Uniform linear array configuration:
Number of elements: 16
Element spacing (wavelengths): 0.5
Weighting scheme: binomial
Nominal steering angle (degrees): -15
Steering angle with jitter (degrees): -13.842
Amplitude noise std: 0.05
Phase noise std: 0.05

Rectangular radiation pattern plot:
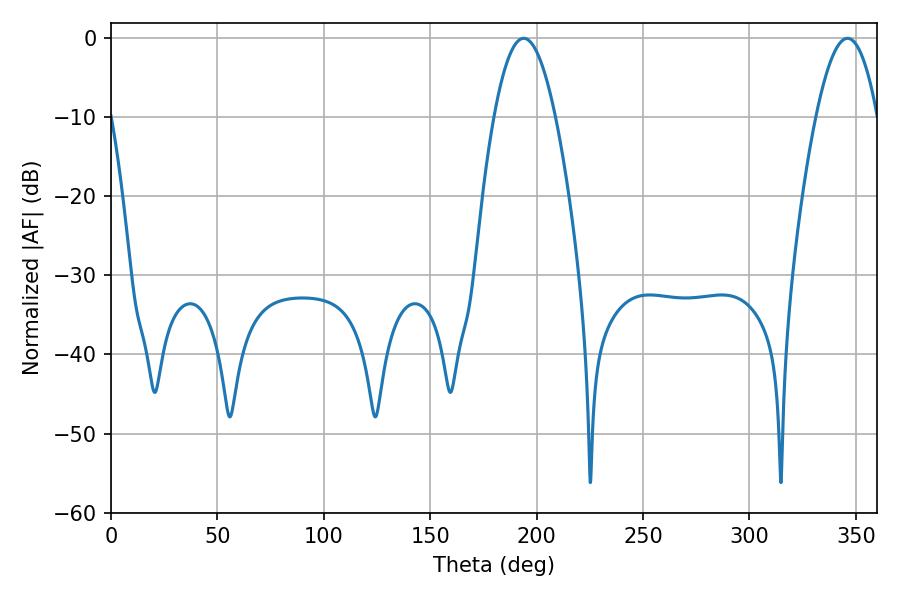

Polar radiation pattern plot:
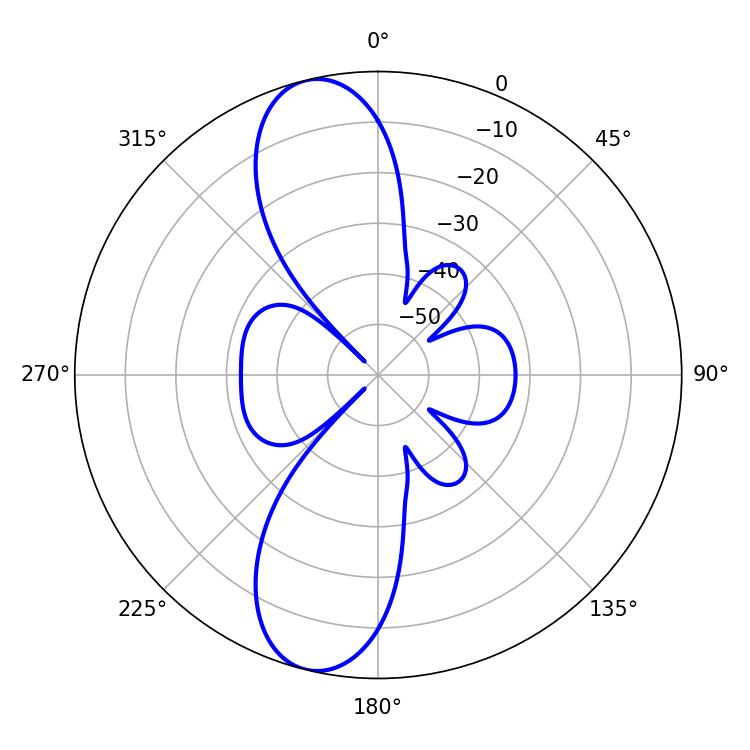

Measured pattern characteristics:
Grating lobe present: FALSE
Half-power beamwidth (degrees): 15.84
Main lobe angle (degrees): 193.86